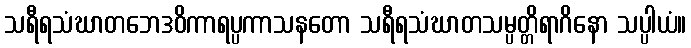
သရီရသံဃာတဘေဒဝိကာရပ္ပကာသနတော သရီရသံဃာတသမ္ပတ္တိရာဂိနော သပ္ပါယံ။